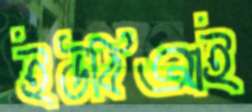
ইউবিআই